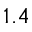
1 . 4